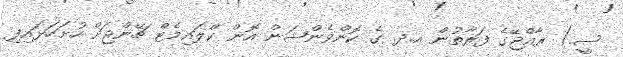
ސީ.) ރާއްޖޭގެ ފަރާތުން އ.ދ. ގެ ކޮންވެންޝަން އޮން ކްލައިމެޓް ޗޭންޖަށް ހުށަހަޅައިފި